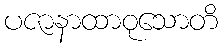
ပဇာနာထာဝုသောတိ